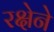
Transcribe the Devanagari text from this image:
रक्षेने